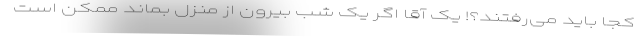
کجا باید می‌رفتند؟! یک آقا اگر یک شب بیرون از منزل بماند ممکن است